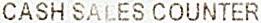
CASH SALES COUNTER